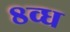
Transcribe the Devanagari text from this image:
८व्ध